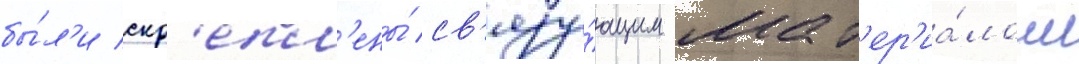
бы́л'и скр'епл'ены́ св'язу́ющим мат'ер'иа́лом